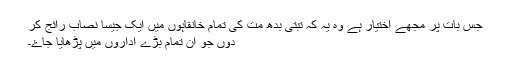
جس بات پر مجھے اختیار ہے وہ یہ کہ تبتی بدھ مت کی تمام خانقاہوں میں ایک جیسا نصاب رائج کر
دوں جو ان تمام بڑے اداروں میں پڑھایا جاۓ۔